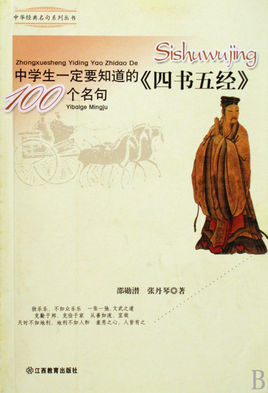
胁肩谄笑，病于夏畦。